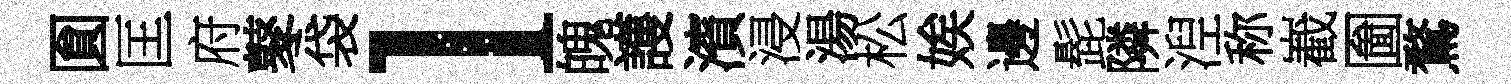
圎匡府鼕袋l魄護濱浸湯松娭邊髭隣湼称嶻圗鶩